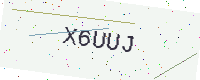
Text: X6UUJ